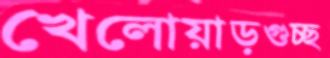
খেলোয়াড়গুচ্ছ